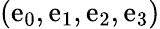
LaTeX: (\mathrm{e}_{0},\mathrm{e}_{1},\mathrm{e}_{2},\mathrm{e}_{3})